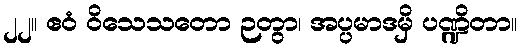
၂၂။ ဧဝံ ဝိသေသတော ဉတွာ၊ အပ္ပမာဒမှိ ပဏ္ဍိတာ။